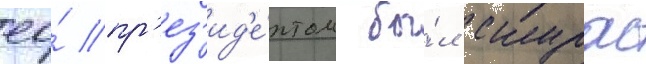
ео́ пр'ез'ид'е́нтом бы́л скурас